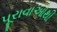
પૂરાવાઓથી